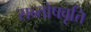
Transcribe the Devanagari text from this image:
सन्तोषवृत्ति